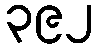
၃၉၂